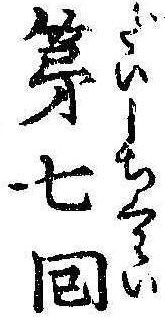
第七回